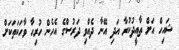
ޝައިހް އަށް ތާއީދުކުރާ އަދި އޭނާ ދެއްވި ދަރުސްގެ އެހެން ހުރިހާ ވާހަކަތަކަށް